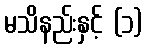
မသိနည်းနှင့် (၁)